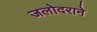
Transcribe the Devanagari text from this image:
जलोदराने